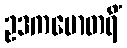
ဥဒကမောတရိံ